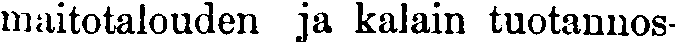
maitotalouden ja kalain tuotannos-